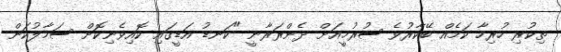
ތިކުރި ހުރިހާ ކަމެއް ބޭކާރުވެ ސުރުޚީއަށް ދެންރަރާނީ "ކަނޑު އަޑީގައި ކޮއިވެނިކޮށް ސަމާލުކަން